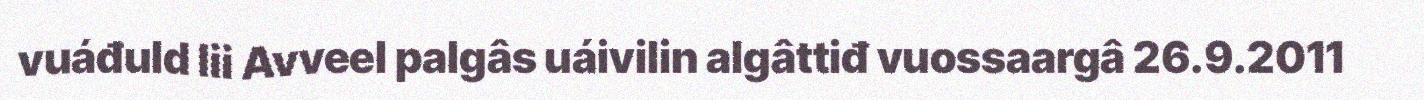
vuáđuld lii Avveel palgâs uáivilin algâttiđ vuossaargâ 26.9.2011